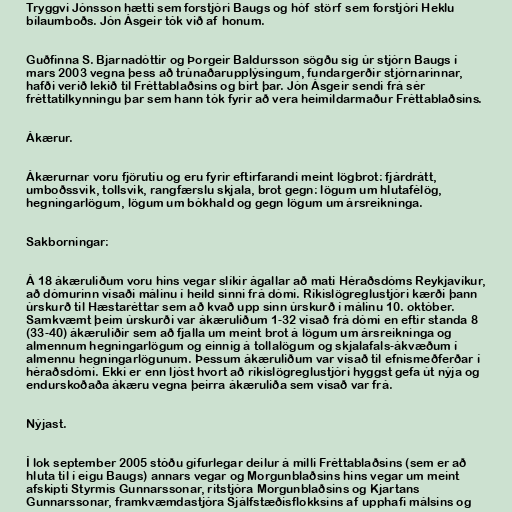
Tryggvi Jónsson hætti sem forstjóri Baugs og hóf störf sem forstjóri Heklu
bílaumboðs. Jón Ásgeir tók við af honum.

Guðfinna S. Bjarnadóttir og Þorgeir Baldursson sögðu sig úr stjórn Baugs í
mars 2003 vegna þess að trúnaðarupplýsingum, fundargerðir stjórnarinnar,
hafði verið lekið til Fréttablaðsins og birt þar. Jón Ásgeir sendi frá sér
fréttatilkynningu þar sem hann tók fyrir að vera heimildarmaður Fréttablaðsins.

Ákærur.

Ákærurnar voru fjörutíu og eru fyrir eftirfarandi meint lögbrot: fjárdrátt,
umboðssvik, tollsvik, rangfærslu skjala, brot gegn: lögum um hlutafélög,
hegningarlögum, lögum um bókhald og gegn lögum um ársreikninga.

Sakborningar:

Á 18 ákæruliðum voru hins vegar slíkir ágallar að mati Héraðsdóms Reykjavíkur,
að dómurinn vísaði málinu í heild sinni frá dómi. Ríkislögreglustjóri kærði þann
úrskurð til Hæstaréttar sem að kvað upp sinn úrskurð í málinu 10. október.
Samkvæmt þeim úrskurði var ákæruliðum 1-32 vísað frá dómi en eftir standa 8
(33-40) ákæruliðir sem að fjalla um meint brot á lögum um ársreikninga og
almennum hegningarlögum og einnig á tollalögum og skjalafals-ákvæðum í
almennu hegningarlögunum. Þessum ákæruliðum var vísað til efnismeðferðar í
héraðsdómi. Ekki er enn ljóst hvort að ríkislögreglustjóri hyggst gefa út nýja og
endurskoðaða ákæru vegna þeirra ákæruliða sem vísað var frá.

Nýjast.

Í lok september 2005 stóðu gífurlegar deilur á milli Fréttablaðsins (sem er að
hluta til í eigu Baugs) annars vegar og Morgunblaðsins hins vegar um meint
afskipti Styrmis Gunnarssonar, ritstjóra Morgunblaðsins og Kjartans
Gunnarssonar, framkvæmdastjóra Sjálfstæðisflokksins af upphafi málsins og